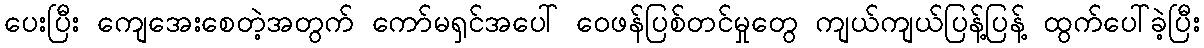
ပေးပြီး ကျေအေးစေတဲ့အတွက် ကော်မရှင်အပေါ် ဝေဖန်ပြစ်တင်မှုတွေ ကျယ်ကျယ်ပြန့်ပြန့် ထွက်ပေါ်ခဲ့ပြီး